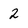
Character: 2